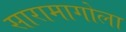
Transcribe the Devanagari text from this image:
सारामागोला